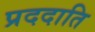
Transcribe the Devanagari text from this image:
प्रददाति